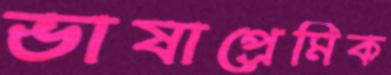
ভাষাপ্রেমিক